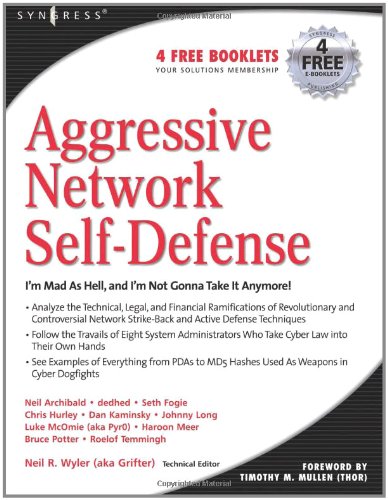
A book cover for Aggressive Network Self-Defense; Neil R. Wyler; Computers & Technology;